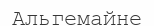
Альгемайне